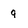
Character: 9